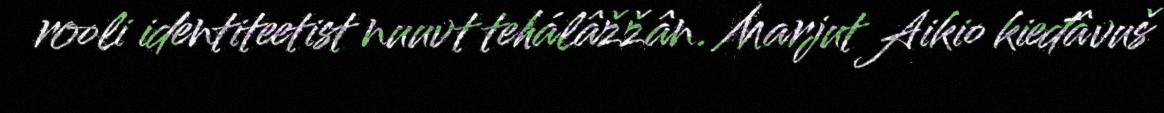
rooli identiteetist nuuvt tehálâžžân. Marjut Aikio kieđâvuš